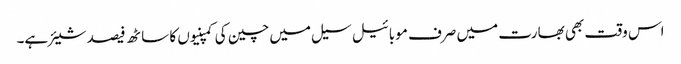
اس وقت بھی بھارت میں صرف موبائیل سیل میں چین کی کمپنیوں کا ساٹھ فیصد شیئر ہے۔